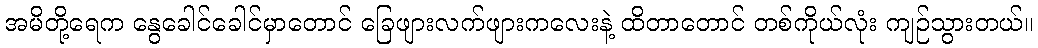
အမိတို့ရေက နွေခေါင်ခေါင်မှာတောင် ခြေဖျားလက်ဖျားကလေးနဲ့ ထိတာတောင် တစ်ကိုယ်လုံး ကျဉ်သွားတယ်။